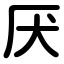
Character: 厌